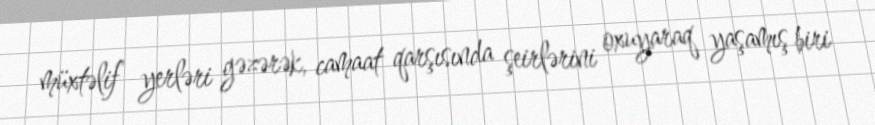
müxtəlif yerləri gəzərək, camaat qarşısında şeirlərini oxuyaraq yaşamış biri